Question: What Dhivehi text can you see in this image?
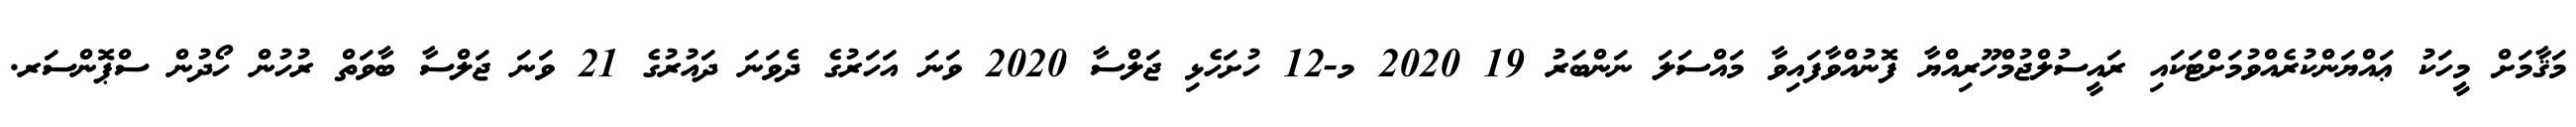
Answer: މަޤާމަށް މީހަކު ޢައްޔަންކުރެއްވުމަށްޓަކައި ރައީސުލްޖުމްހޫރިއްޔާ ފޮނުއްވާފައިވާ މައްސަލަ ނަންބަރު 19 2020 މ-12 ހުށަހެޅި ޖަލްސާ 2020 ވަނަ އަހަރުގެ ދެވަނަ ދައުރުގެ 21 ވަނަ ޖަލްސާ ބާވަތް ރުހުން ހޯދުން ސްޕޮންސަރ.